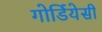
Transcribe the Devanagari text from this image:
गोर्डियेसी